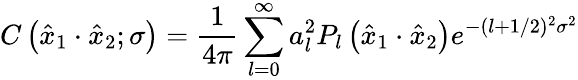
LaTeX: C\left(\hat{x}_{1}\cdot\hat{x}_{2};\sigma\right)={\frac{1}{4\pi}}\sum_{l=0}^{\infty}a_{l}^{2}P_{l}\left(\hat{x}_{1}\cdot\hat{x}_{2}\right)e^{-(l+1/2)^{2}\sigma^{2}}